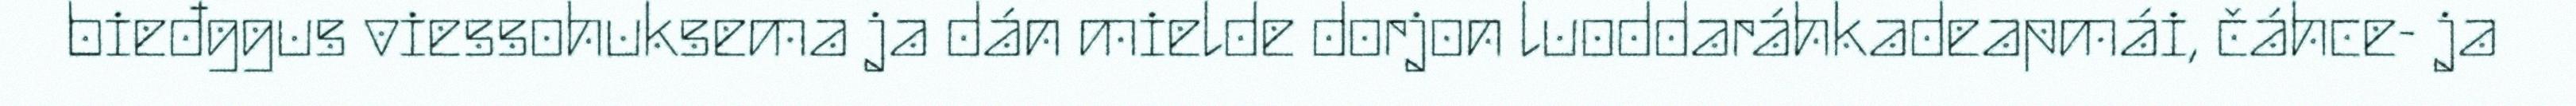
bieđggus viessohuksema ja dán mielde dorjon luoddaráhkadeapmái, čáhce- ja